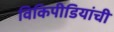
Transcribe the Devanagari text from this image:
विकिपीडियांची